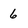
Character: 6